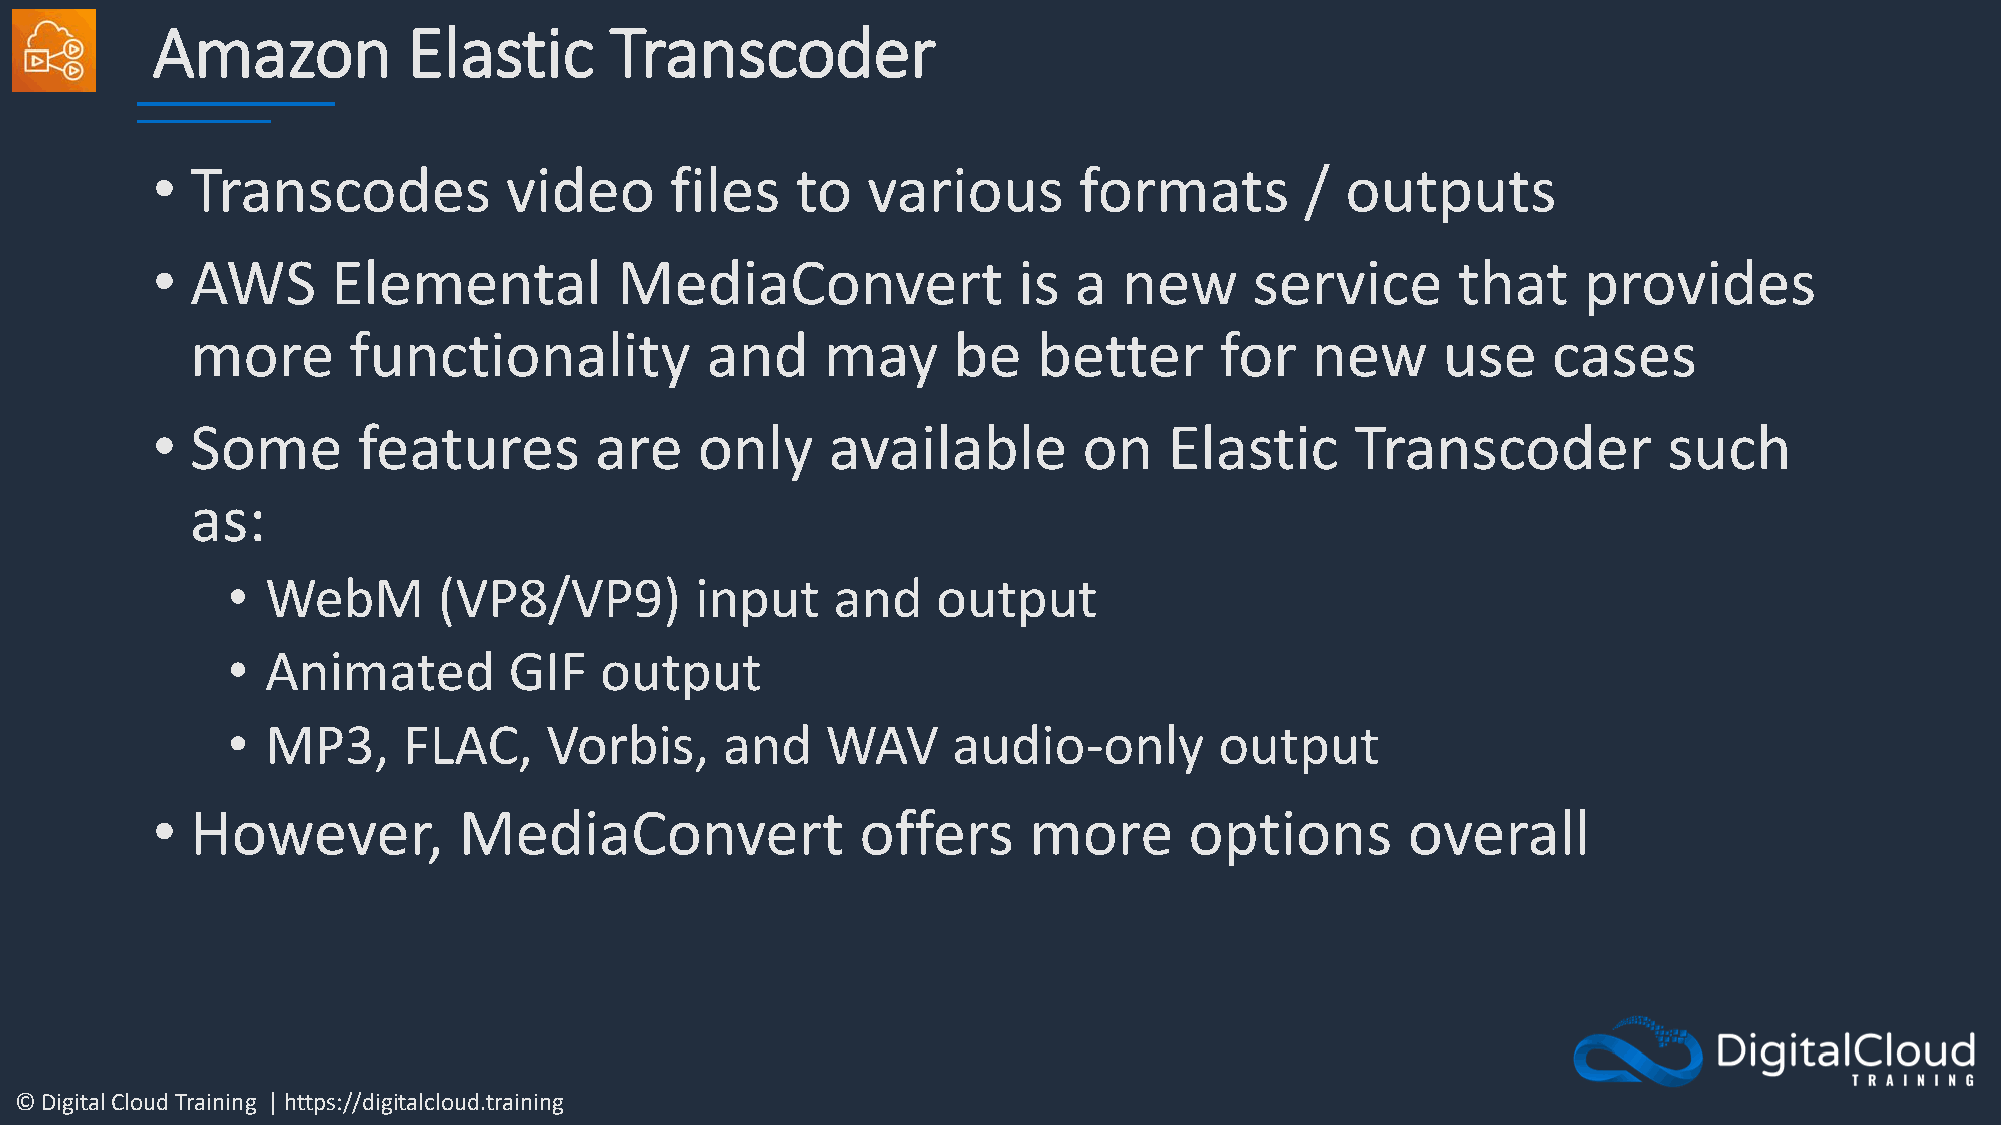
Amazon           Elastic      Transcoder
 •  Transcodes          video      files    to  various       formats        /  outputs
 •  AWS      Elemental          MediaConvert              is  a  new      service      that     provides
 more      functionality           and     may     be    better      for   new     use     cases
 •  Some       features       are    only     available        on   Elastic      Transcoder          such
 as:
 •  WebM       (VP8/VP9)        input    and    output
 •  Animated        GIF   output
 •  MP3,     FLAC,    Vorbis,     and    WAV     audio-only        output
 •  However,         MediaConvert               offers     more       options       overall
 © Digital Cloud Training | https://digitalcloud.training